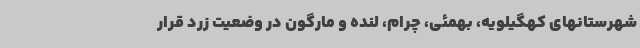
شهرستانهای کهگیلویه، بهمئی، چرام، لنده و مارگون در وضعیت زرد قرار